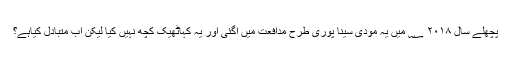
پچھلے سال ۲۰۱۸ ؁ میں یہ مودی سینا پوری طرح مدافعت میں آگئی اور یہ کہاٹھیک کچھ نہیں کیا لیکن اب متبادل کیاہے؟